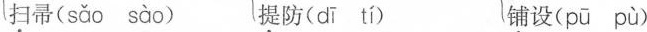
扫帚( sǎo sào ) {提防( dī tí ) 铺设(pü pù )